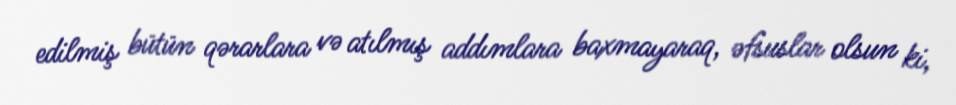
edilmiş bütün qərarlara və atılmış addımlara baxmayaraq, əfsuslar olsun ki,